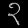
Digit: ၃